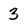
Character: 3